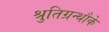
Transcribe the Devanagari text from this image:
श्रुतिग्रन्थौके